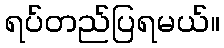
ရပ်တည်ပြရမယ်။